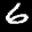
Label: 6